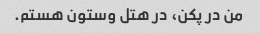
من در پکن، در هتل وستون هستم.